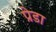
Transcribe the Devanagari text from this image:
प्रेडा